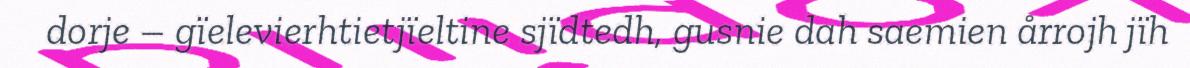
dorje – gïelevierhtietjïeltine sjïdtedh, gusnie dah saemien årrojh jïh